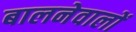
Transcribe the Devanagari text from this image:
बालनेवालों